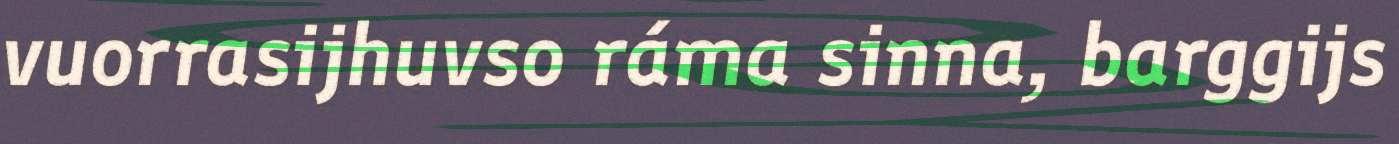
vuorrasijhuvso ráma sinna, barggijs